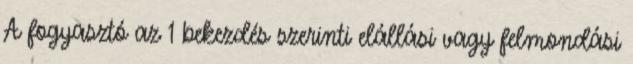
A fogyasztó az 1 bekezdés szerinti elállási vagy felmondási